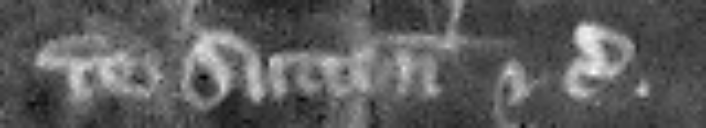
de Sutton etc.